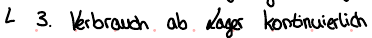
3. Verbrauch ab Lager kontinuierlich